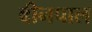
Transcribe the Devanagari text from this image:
बीनपाल